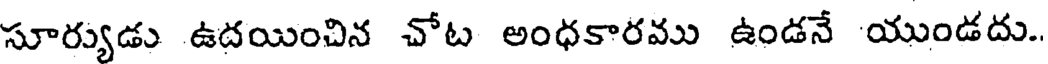
సూర్యుడు ఉదయించిన చోట అంధకారము ఉండనే యుండదు.